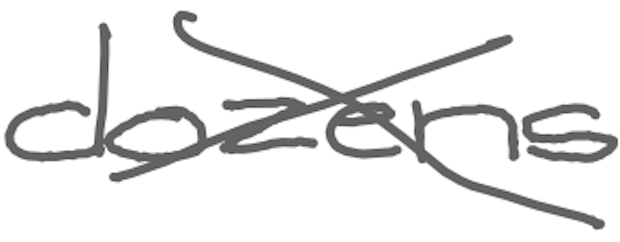
Text: dozens
Cross-out: mix
Writing tool: digital_gray